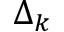
\Delta _ { k }